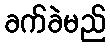
ခက်ခဲမည်